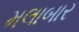
મલાબાર